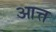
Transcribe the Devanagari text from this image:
आत्त